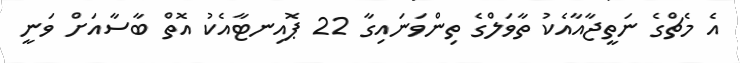
އެ މެޗްގެ ނަތީޖާއާއެކު ތާވަލްގެ ތިންވަނައިގާ 22 ޕޮއިނޓާއެކު އޮތް ބާސާއަށް ވަނީ